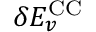
\delta E _ { v } ^ { \mathrm { C C } }